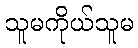
သူမကိုယ်သူမ